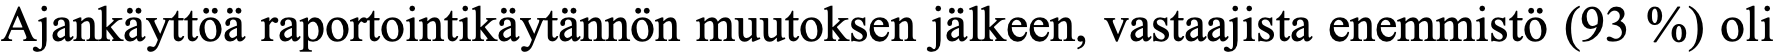
Ajankäyttöä raportointikäytännön muutoksen jälkeen, vastaajista enemmistö (93 %) oli